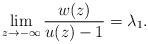
LaTeX: \begin{align*} \lim_{z\rightarrow-\infty} \frac{w(z)}{u(z)-1}=\lambda_1.\end{align*}